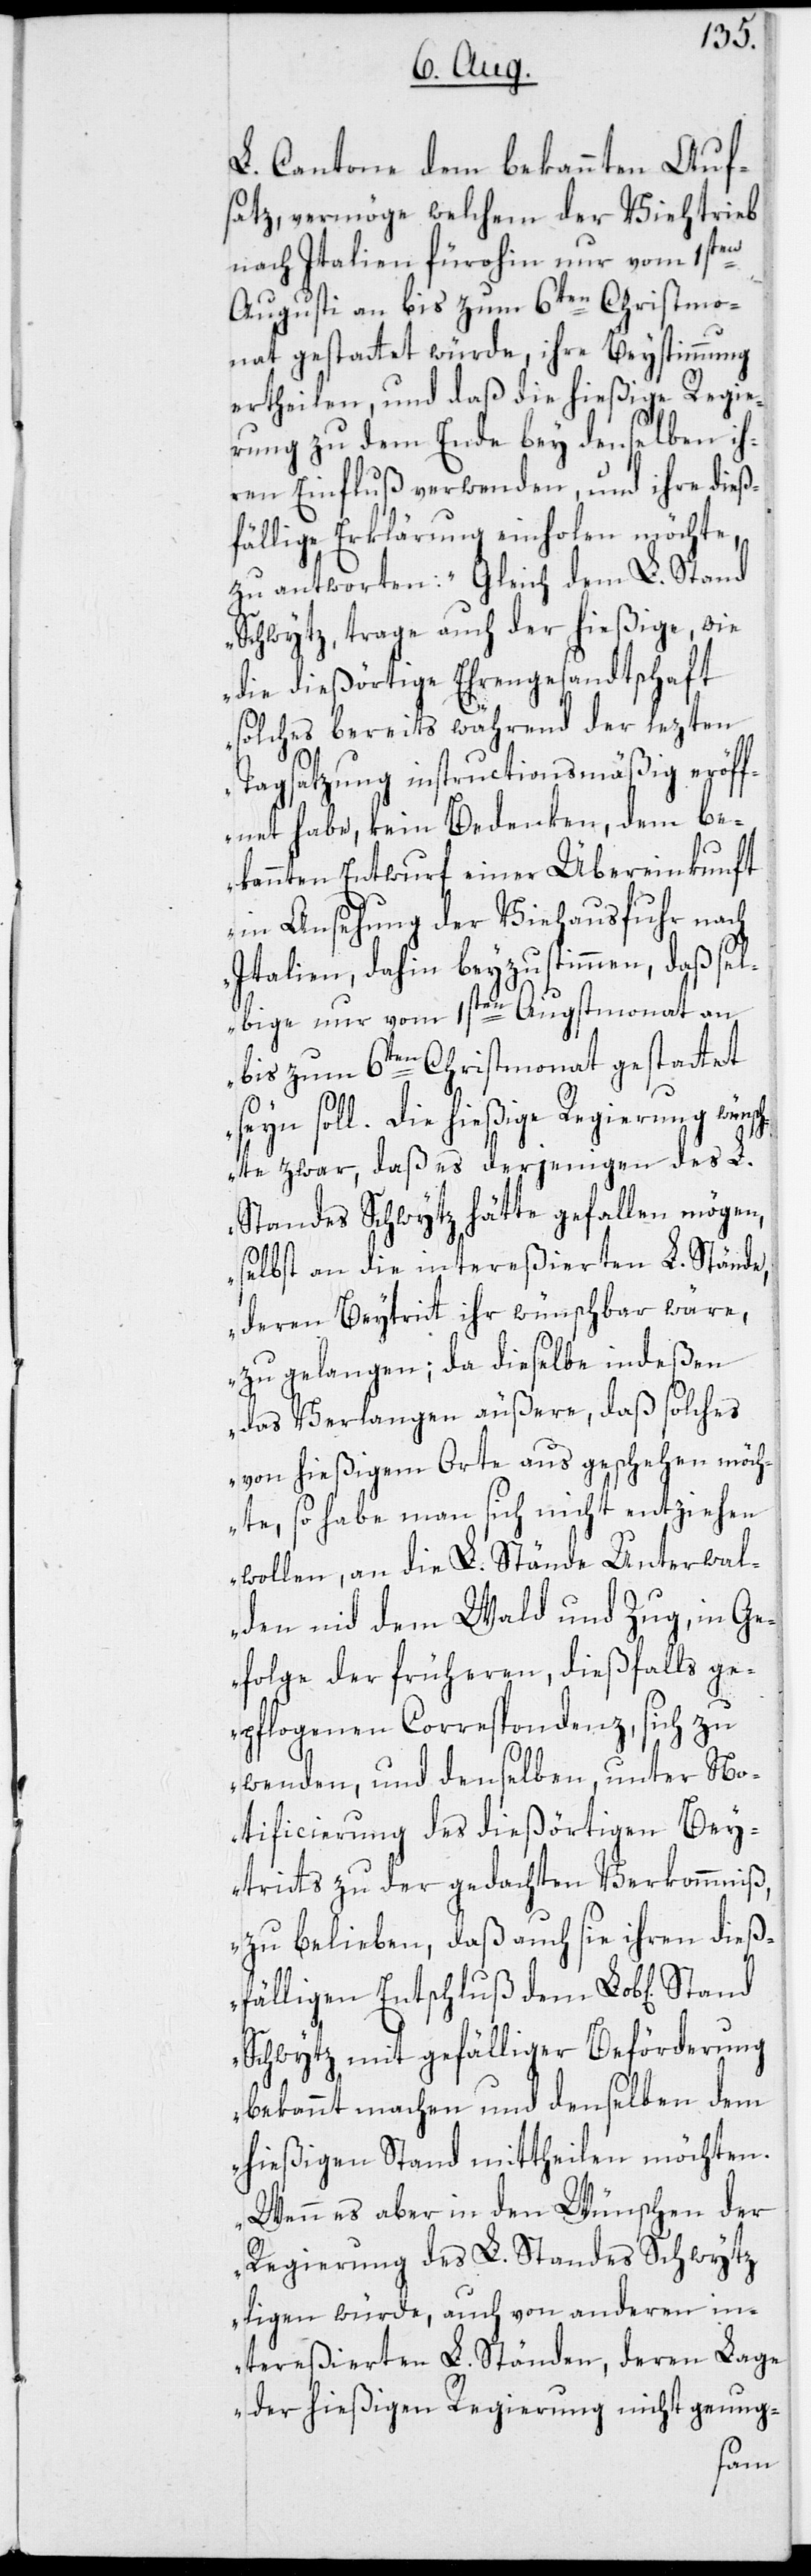
L. Cantone dem bekannten Auf¬
satz, vermöge welchem der Viehtrieb
nach Italien fürohin nur vom 1sten
Augusti an bis zum 6ten Christmo¬
nat gestattet würde, ihre Beystimmung
ertheilen, und daß die hießige Regie¬
rung zu dem Ende bey denselben ih¬
ren Einfluß verwenden, und ihre dieß¬
fällige Erklärung einholen möchte,
zu antworten: „Gleich dem L. Stand
Schwytz, trage auch der hießige, wie
die dießörtige Ehrengesandtschaft
solches bereits während der lezten
Tagsatzung instructionsmäßig eröff¬
net habe, kein Bedenken, dem be¬
kannten Entwurf einer Übereinkunft
in Ansehung der Viehausfuhr nach
Italien, dahin beyzustimmen, daß sel¬
bige nur vom 1sten Augstmonat an
bis zum 6ten Christmonat gestattet
seyn soll. Die hießige Regierung wünsch¬
te zwar, daß es derjenigen des L.
Standes Schwytz hätte gefallen mögen,
selbst an die intereßierten L. Stände,
deren Beytritt ihr wünschbar wäre,
zu gelangen; da dieselbe indeßen
das Verlangen äußere, daß solches
von hießigem Orte aus geschehen möch¬
te, so habe man sich nicht entziehen
wollen, an die L. Stände Unterwal¬
den nid dem Wald und Zug, in Ge¬
folge der früheren, dießfalls ge¬
pflogenen Correspondenz, sich zu
wenden, und denselben, unter No¬
tificierung des dießörtigen Bey¬
tritts zu der gedachten Verkommniß,
zu belieben, daß auch sie ihren dieß¬
fälligen Entschluß dem Lob[lichen]
Schwytz mit gefälliger Beförderung
bekannt machen und denselben dem
hießigen Stand mittheilen möchten.
Wenn es aber in den Wünschen der
Regierung des L. Standes Schwytz
ligen würde, auch von anderen, in¬
tereßierten L. Ständen, deren Lage
der hießigen Regierung nicht genug-